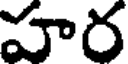
హర